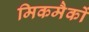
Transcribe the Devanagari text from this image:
मिकमैकों